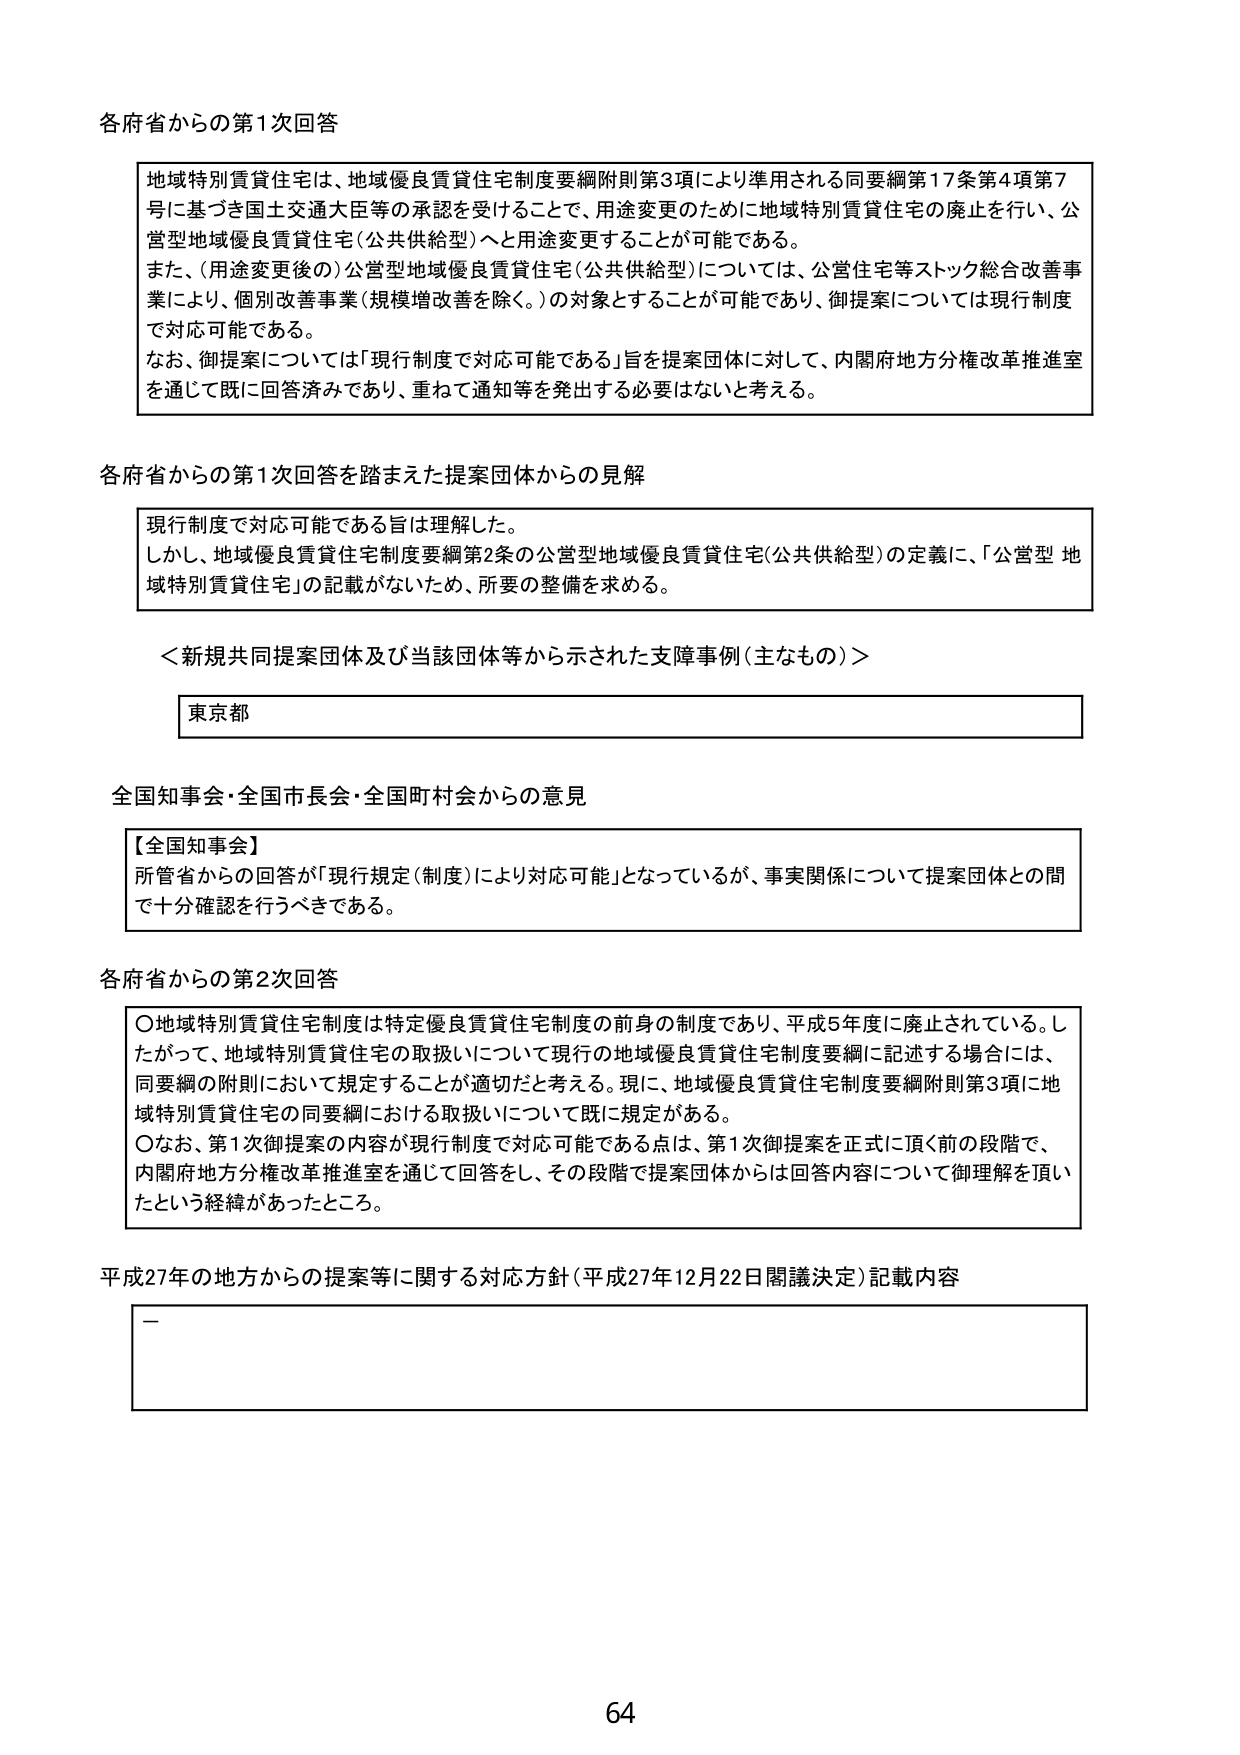
各府省からの第1次回答

地域特別賃貸住宅は、地域優良賃貸住宅制度要綱附則第3項により準用される同要綱第17条第4項第7号に基づき国土交通大臣等の承認を受けることで、用途変更のために地域特別賃貸住宅の廃止を行い、公営型地域優良賃貸住宅（公共供給型）へと用途変更することが可能である。
また、（用途変更後の）公営型地域優良賃貸住宅（公共供給型）については、公営住宅等ストック総合改善事業により、個別改善事業（規模増改善を除く。）の対象とすることが可能であり、御提案については現行制度で対応可能である。
なお、御提案については「現行制度で対応可能である」旨を提案団体に対して、内閣府地方分権改革推進室を通じて既に回答済みであり、重ねて通知等を発出する必要はないと考える。

各府省からの第1次回答を踏まえた提案団体からの見解

現行制度で対応可能である旨は理解した。
しかし、地域優良賃貸住宅制度要綱第2条の公営型地域優良賃貸住宅（公共供給型）の定義に、「公営型 地域特別賃貸住宅」の記載がないため、所要の整備を求める。

＜新規共同提案団体及び当該団体等から示された支障事例（主なもの）＞

東京都

全国知事会・全国市長会・全国町村会からの意見

【全国知事会】
所管省からの回答が「現行規定（制度）により対応可能」となっているが、事実関係について提案団体との間で十分確認を行うべきである。

各府省からの第2次回答

〇地域特別賃貸住宅制度は特定優良賃貸住宅制度の前身の制度であり、平成5年度に廃止されている。したがって、地域特別賃貸住宅の取扱いについて現行の地域優良賃貸住宅制度要綱に記述する場合には、同要綱の附則において規定することが適切だと考える。現に、地域優良賃貸住宅制度要綱附則第3項に地域特別賃貸住宅の同要綱における取扱いについて既に規定がある。
〇なお、第1次御提案の内容が現行制度で対応可能である点は、第1次御提案を正式に頂く前の段階で、内閣府地方分権改革推進室を通じて回答をし、その段階で提案団体からは回答内容について御理解を頂いたという経緯があったところ。

平成27年の地方からの提案等に関する対応方針（平成27年12月22日閣議決定）記載内容

—

64